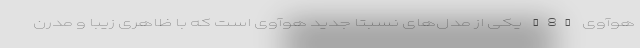
هوآوی Y8p یکی از مدل‌های نسبتا جدید هوآوی است که با ظاهری زیبا و مدرن